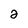
Character: 2